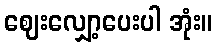
ဈေးလျှော့ပေးပါ အုံး။